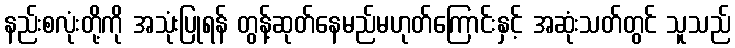
နည်းစလုံးတို့ကို အသုံးပြုရန် တွန့်ဆုတ်နေမည်မဟုတ်ကြောင်းနှင့် အဆုံးသတ်တွင် သူသည်